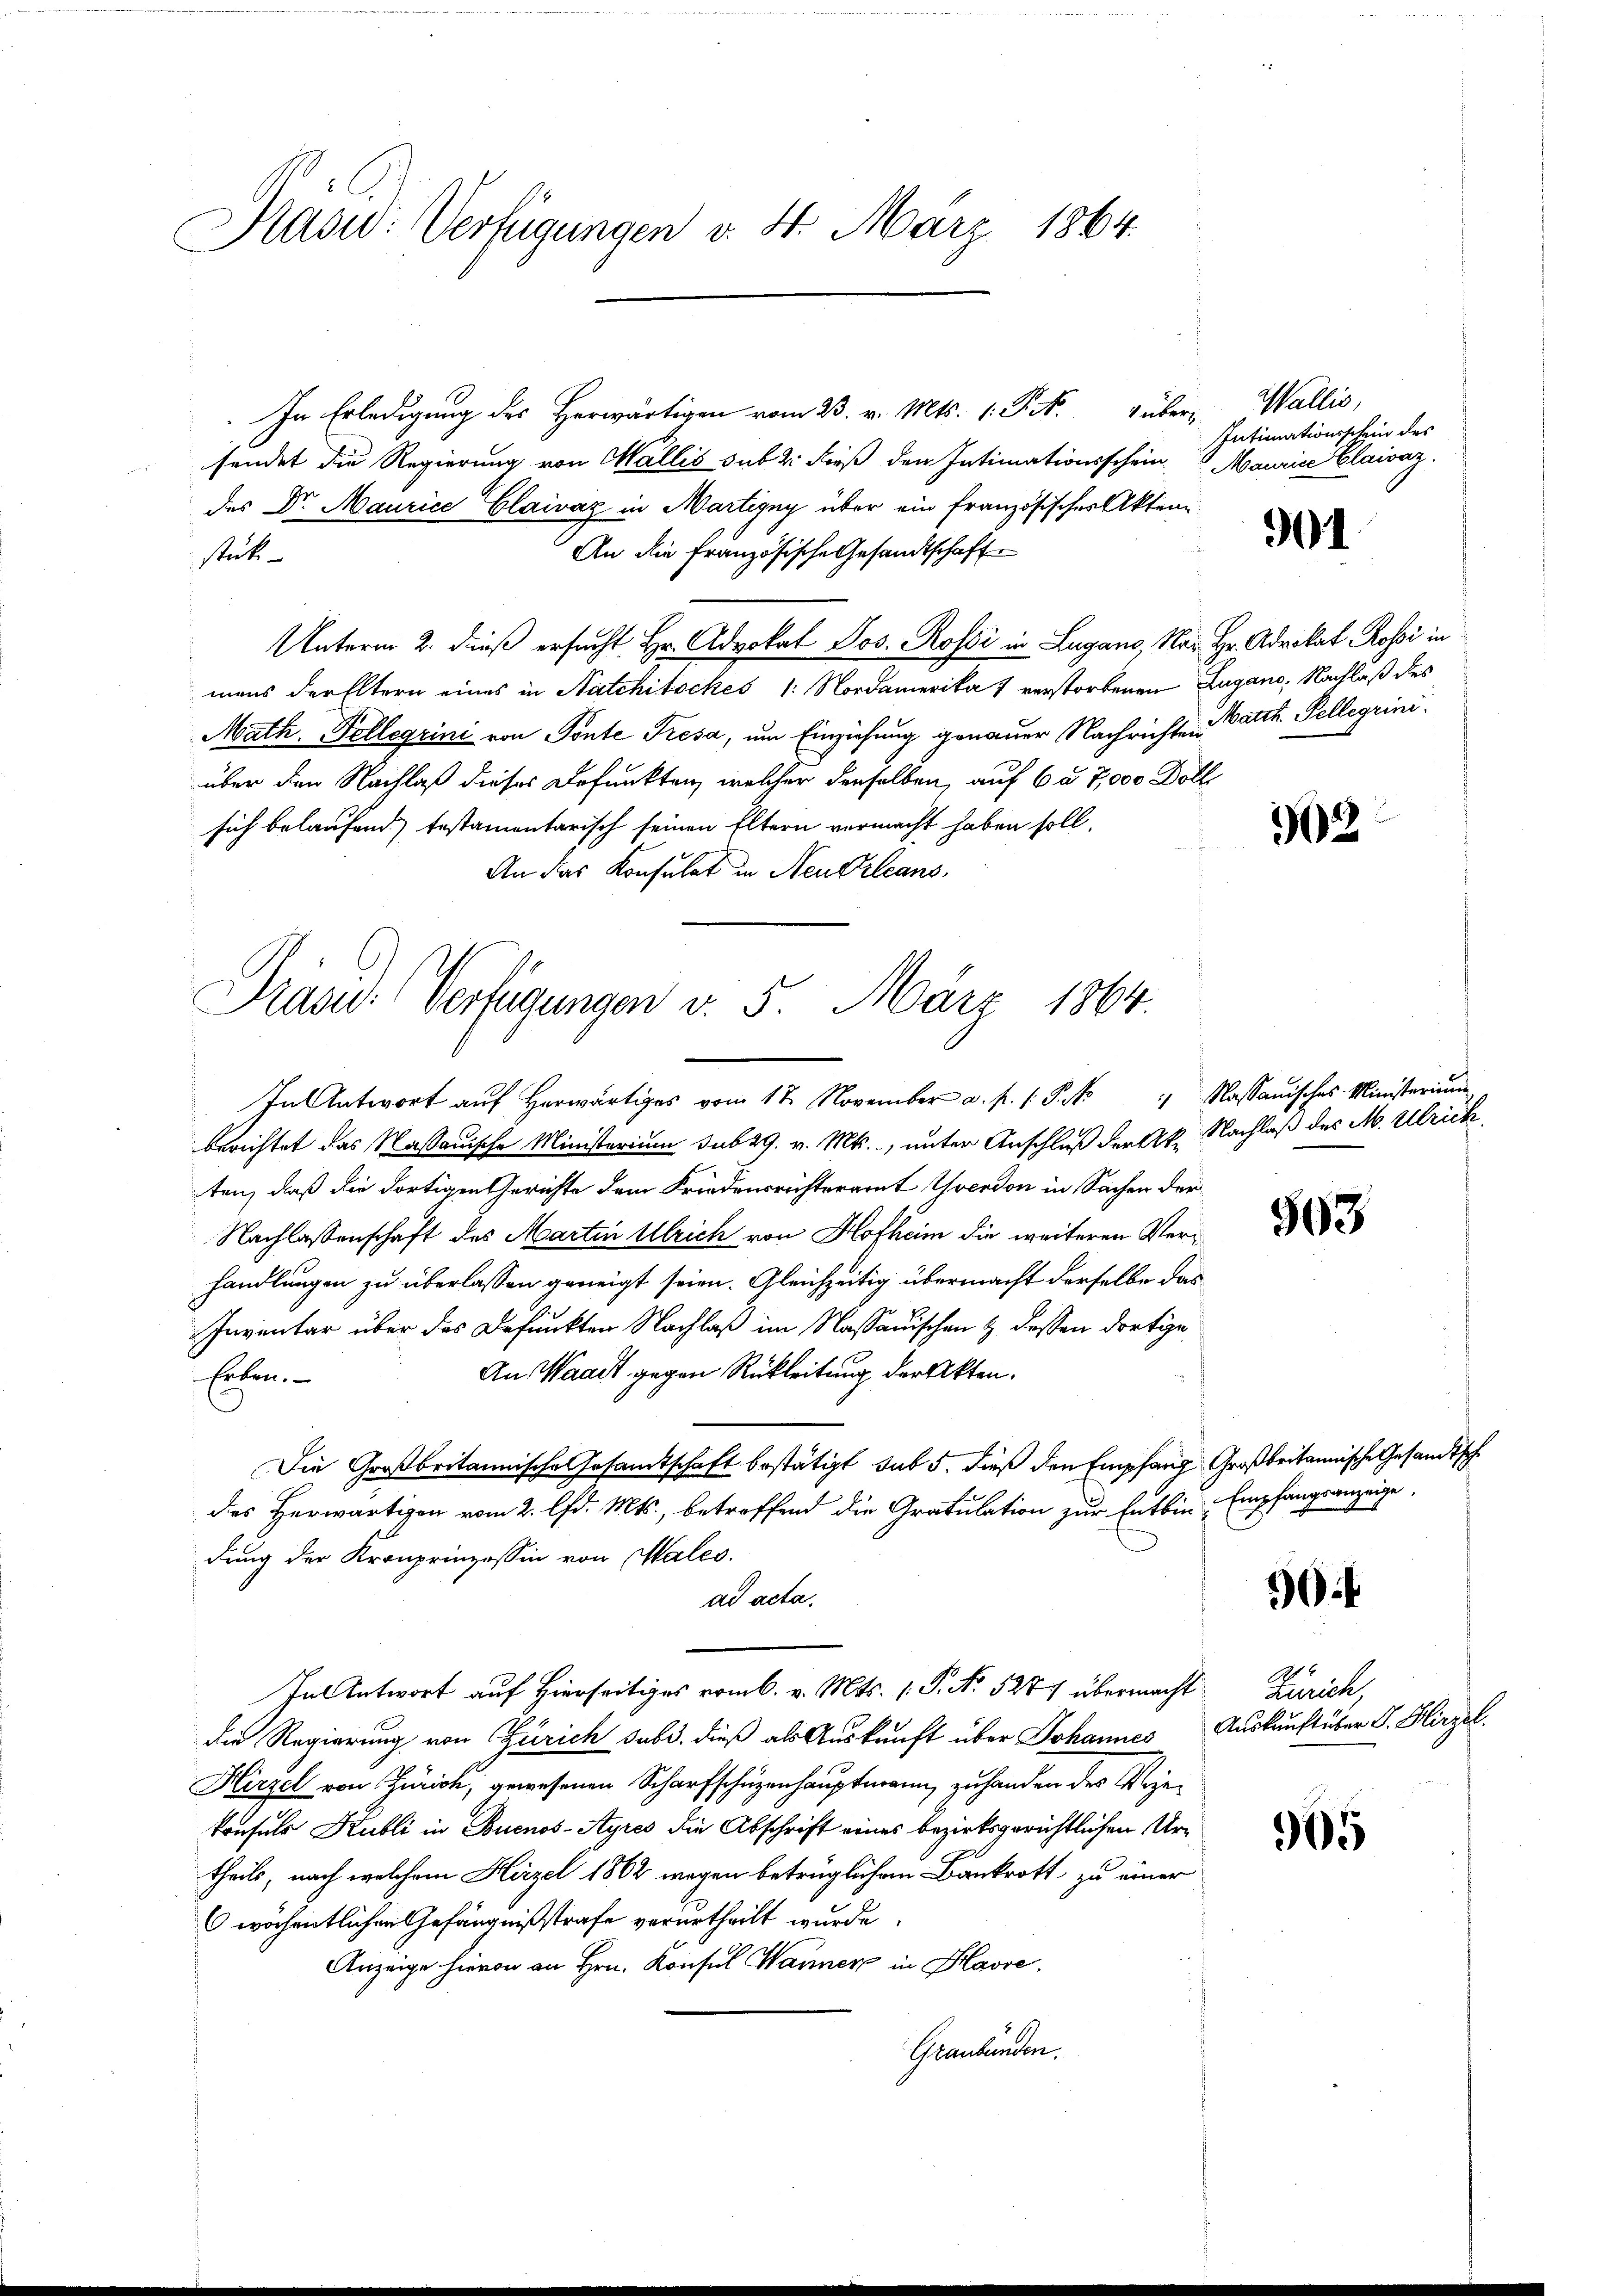
Präsid. Verfügungen v. 4. März 1864.

In Erledigung des Herwärtigen vom 23. v. Mts. 1. P. M. übersendet die Regierung von Wallis sub 2: dieß den Intimationsschein Maurice Claivaz.
des Dr. Maurice Claivaz in Martigny über ein französischer Akten¬
An die Französische Gesandtschaft
stück
Unterm 2. dieß ersucht Hr. Advokat Jos. Rossi in Lugano, Nach Hr. Advokat Rossi in
mens der Eltern eines in Natchitsches 1. Nordamerika 1 verstorbenen Lugano, Nachlaß dies
Math. Follegrini von Ponte Fresa, um Einziehung genauer Nachrichten Batth. Pelligrini.
über den Nachlaß dieses Befunkten, welcher denselben, auf 6 § 7,000 Doll
sich belaufend testamentarisch seinen Eltern vermacht haben soll,
An das Konsulat in Neudrleans

Pras: Verfügungen d. 5. März 1864.

In Antwort aŭf herwärtiges vom 17. November a. p. 1 Pk " Nassauisches Ministerium
berichtet das Massauische Ministerium sub 29. v. Mts., unter Anschluß der Ak. Nachlaß des M. Ulrick
ten, daß die dortigen Gerichte dem Friedensrichteramt Yverdon in Sachen der
Nachlassenschaft des Martin Ulrich von Hofheim die weiteren Verhandlungen zu überlassen geneigt seien. Gleichzeitig übermacht derselbe das
Inventar über das Befunkten Nachlaß im Nassauischen & dessen dortige
An Waadt gegen Rükleitung der Akten.
Erben.
Die Großbritannische Gesamtschaft bestätigt, sub 5. dieß den Empfang Großbritannische Gesandtsch
des Herwärtigen vom 2. lfd. Mts., betreffend die Gratulation zur Entbin-Empfangsanzeige,
dung der Kronprinzessin von Males.
ad acta.
In Antwort auf Hierseitiges vom 6. v. Mts. ( P. No 5277 übermacht
die Regierung von Zürich sub. dieß als Auskunft über Johannes Auskunft über J. Hirzel.
Hirzel von Zürich, gewesenen Scharfschüzenhauptmann zuhanden des Wegekonsuls Kubli in Buenos-Ayres die Abschrift eines bezirksgerichtlichen Urtheils, nach welchem Hirzel 1862 wegen betrüglichen Bankrott zu einer
6wöchentlichen Gefängnißstrafe verurtheilt wurde.
Anzeige hievon an Hrn. Konsul Wanner in Klasse.
Graubünden.

Wallis,
Intimationsschein des

901

302

503

39

Zürich,

905